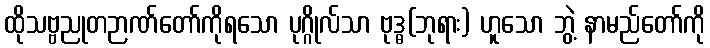
ထိုသဗ္ဗညုတဉာဏ်တော်ကိုရသော ပုဂ္ဂိုလ်သာ ဗုဒ္ဓ(ဘုရား) ဟူသော ဘွဲ့ နာမည်တော်ကို